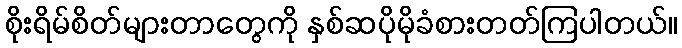
စိုးရိမ်စိတ်များတာတွေကို နှစ်ဆပိုမိုခံစားတတ်ကြပါတယ်။